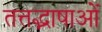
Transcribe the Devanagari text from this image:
तत्तद्भाषाओं